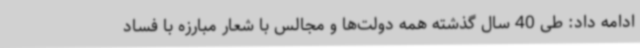
ادامه داد: طی 40 سال گذشته همه دولت‌ها و مجالس با شعار مبارزه با فساد